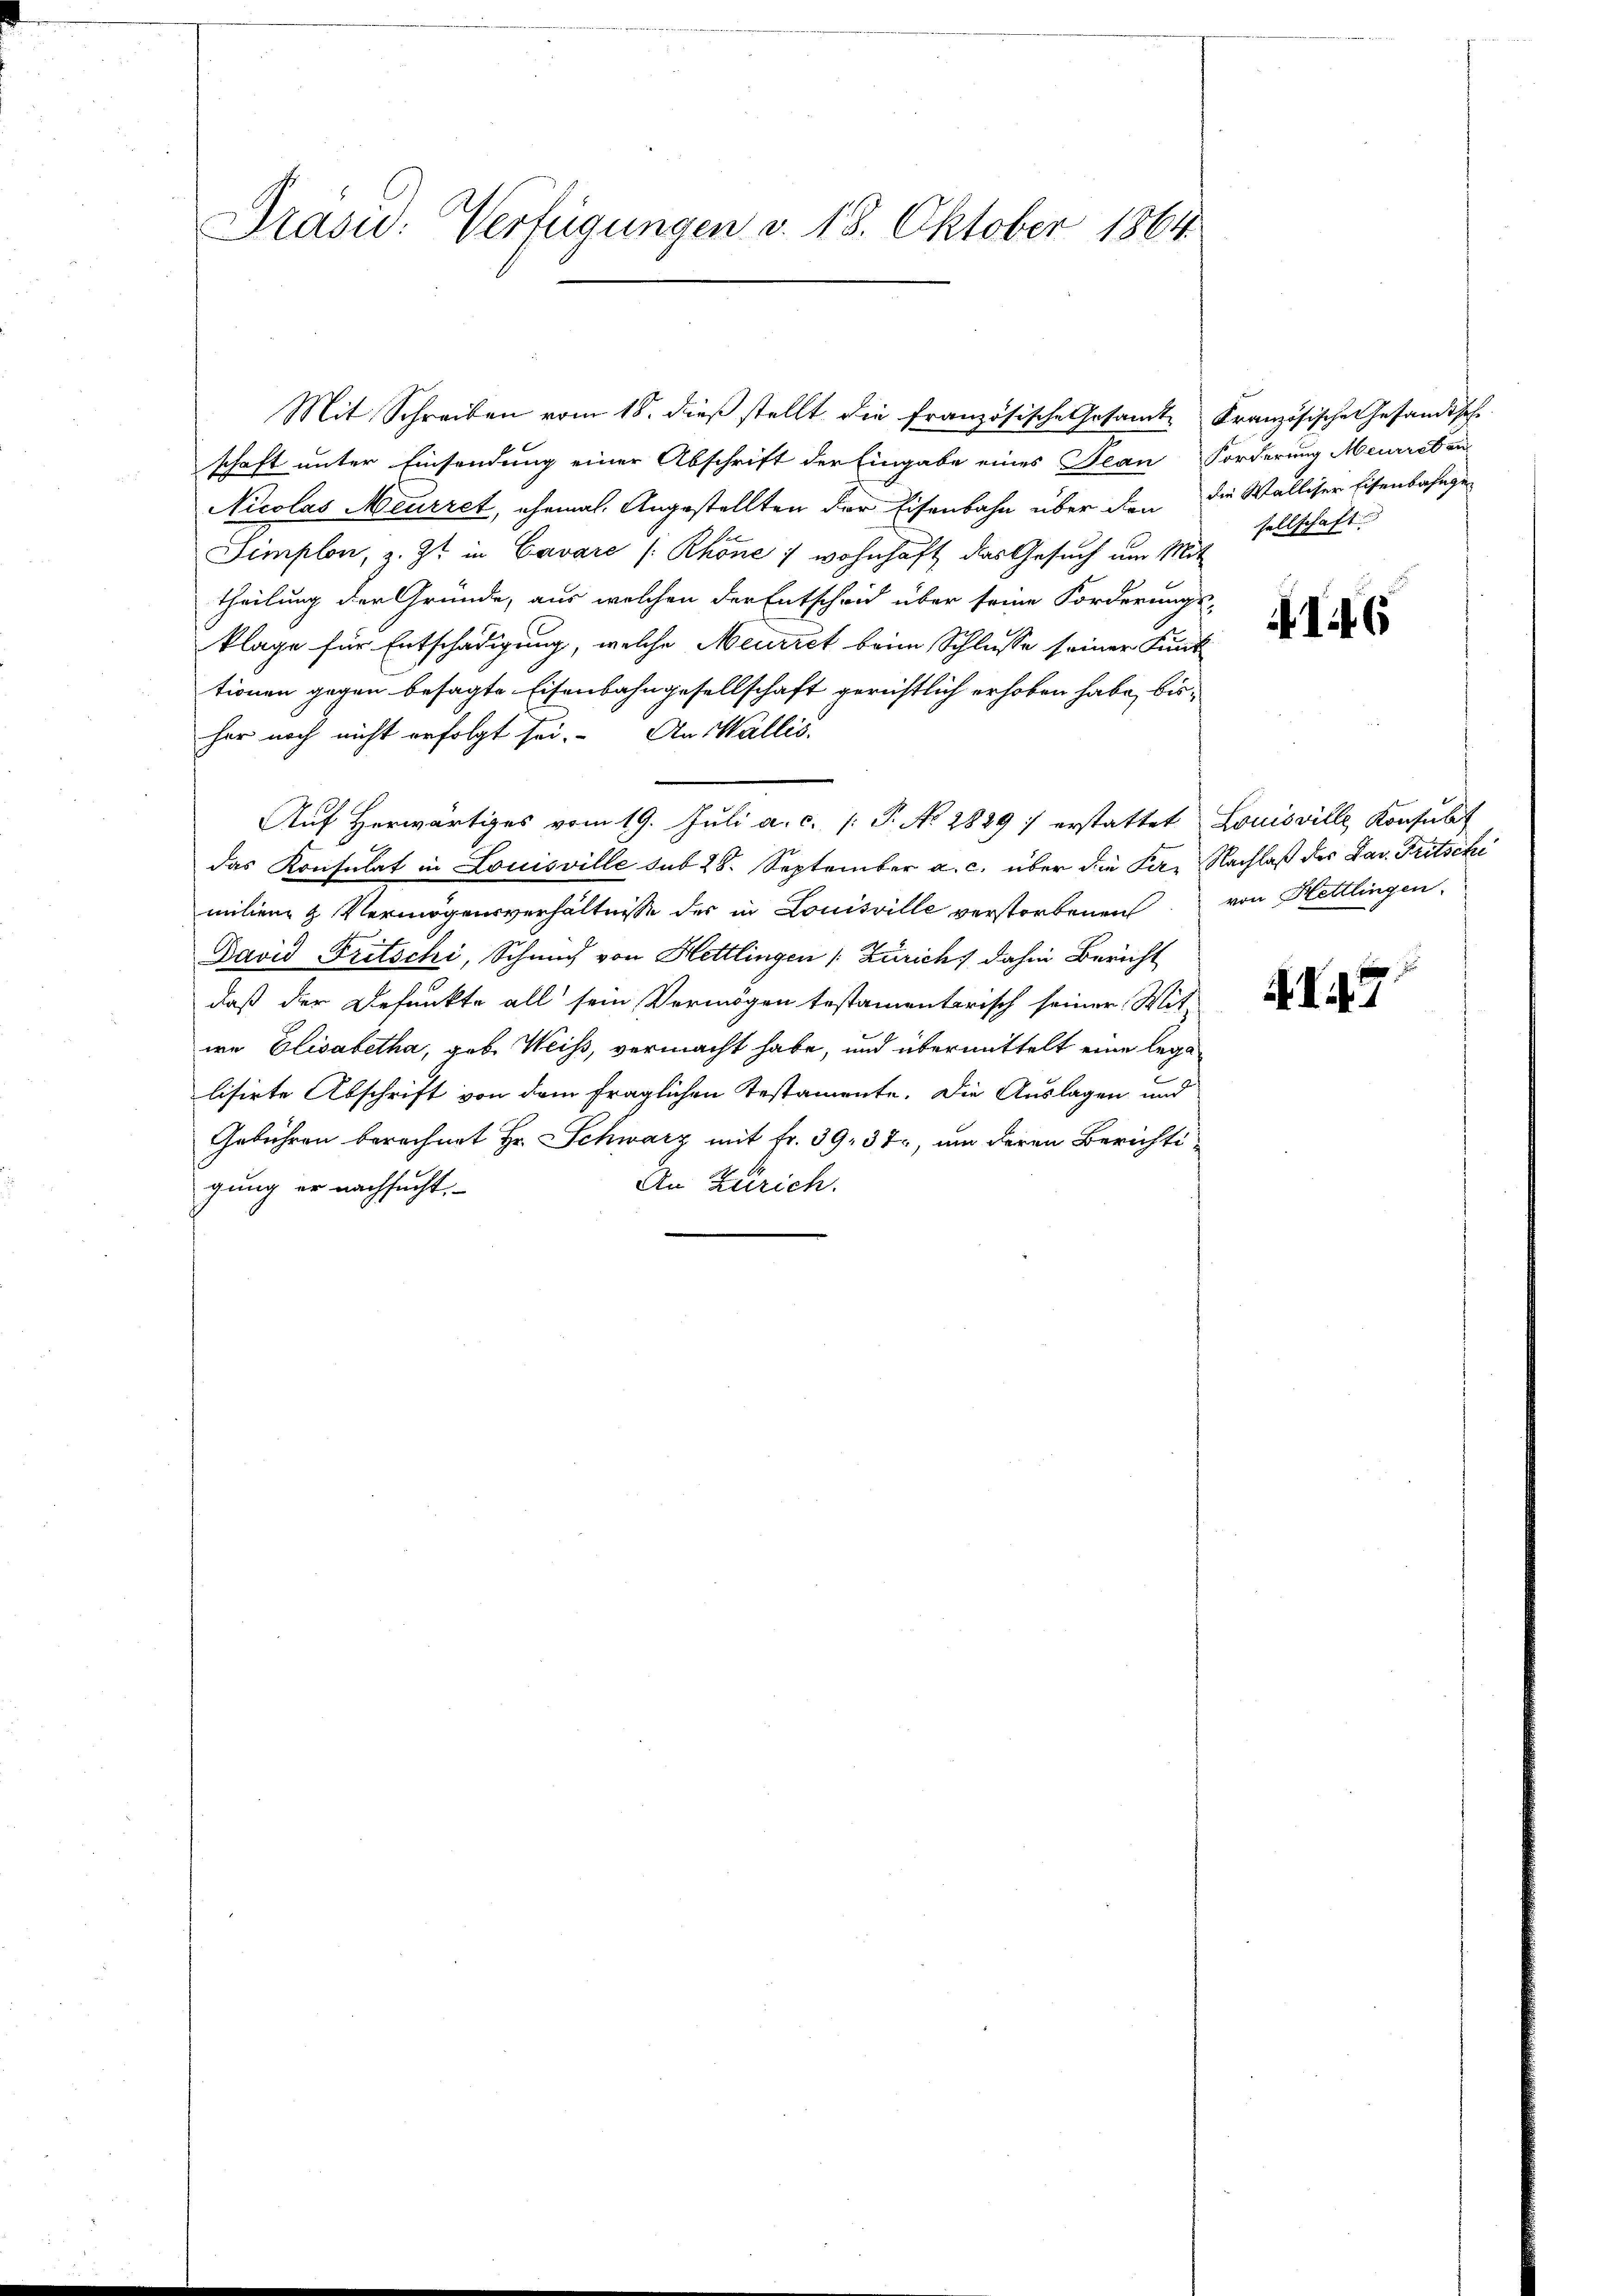
Drasu: Verfügungen v. 18. Oktober 1864.

Mit Schreiben vom 18. dieβ stellt die französische Gesamte Französische Gesandtsche
schaft unter Einsendung einer Abschrift der Eingabe eines Jean Forderung Meurot an
Nicolas Meurret, ehemal. Angestellten der Eisenbahn über den die Walliser Eisenbahnge
Simplon, z. Zt. in Cavare /Rhöne / wohnhaft das Gesuch um Mit
theilung der Gründe, aus welchen der Entscheid über seine Forderungs-
klage für Entschädigung, welche Meurret beim Schlusse seiner Funt
tionen gegen besagte Eisenbahngesellschaft gerichtlich erhoben habe, bisher noch nicht erfolgt sei. An Wallis.
Auf Herwärtiges vom 19. Juli a. c. P. No 2829 / erstattet Louisville Konsulat
das Konsulat in Louisville sub 28. September a. c. über die Fa- Nachlaß der Das Fritschi
milien & Vermögensverhältnisse der in Louisville verstorbenen
David Fritschi, Schmid von Hettlingen (Zürich) dahin Bericht
daß der Befunkte all sein Vermögen testamenterisch seiner Mit-
we Elisabetha, geb. Weiss, vermacht habe, und übermittelt eine legalisirte Abschrift von dem fraglichen Testamente. Die Auslagen und
Gebühren berechnet Hr. Schwarz mit fr. 39. 37, um deren Berichti-
An Zürich.
gung er nachsucht,

sellschaft

I46

von Hettlingen.

V47